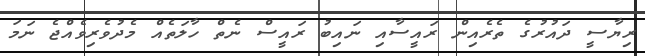
ރިޔާސީ ދައުރުގެ ތެރެއިން ރައީސާއި ނައިބު ރައީސް ނެތް ހާލަތެއް މެދުވެރިވެއްޖެ ނަމަ